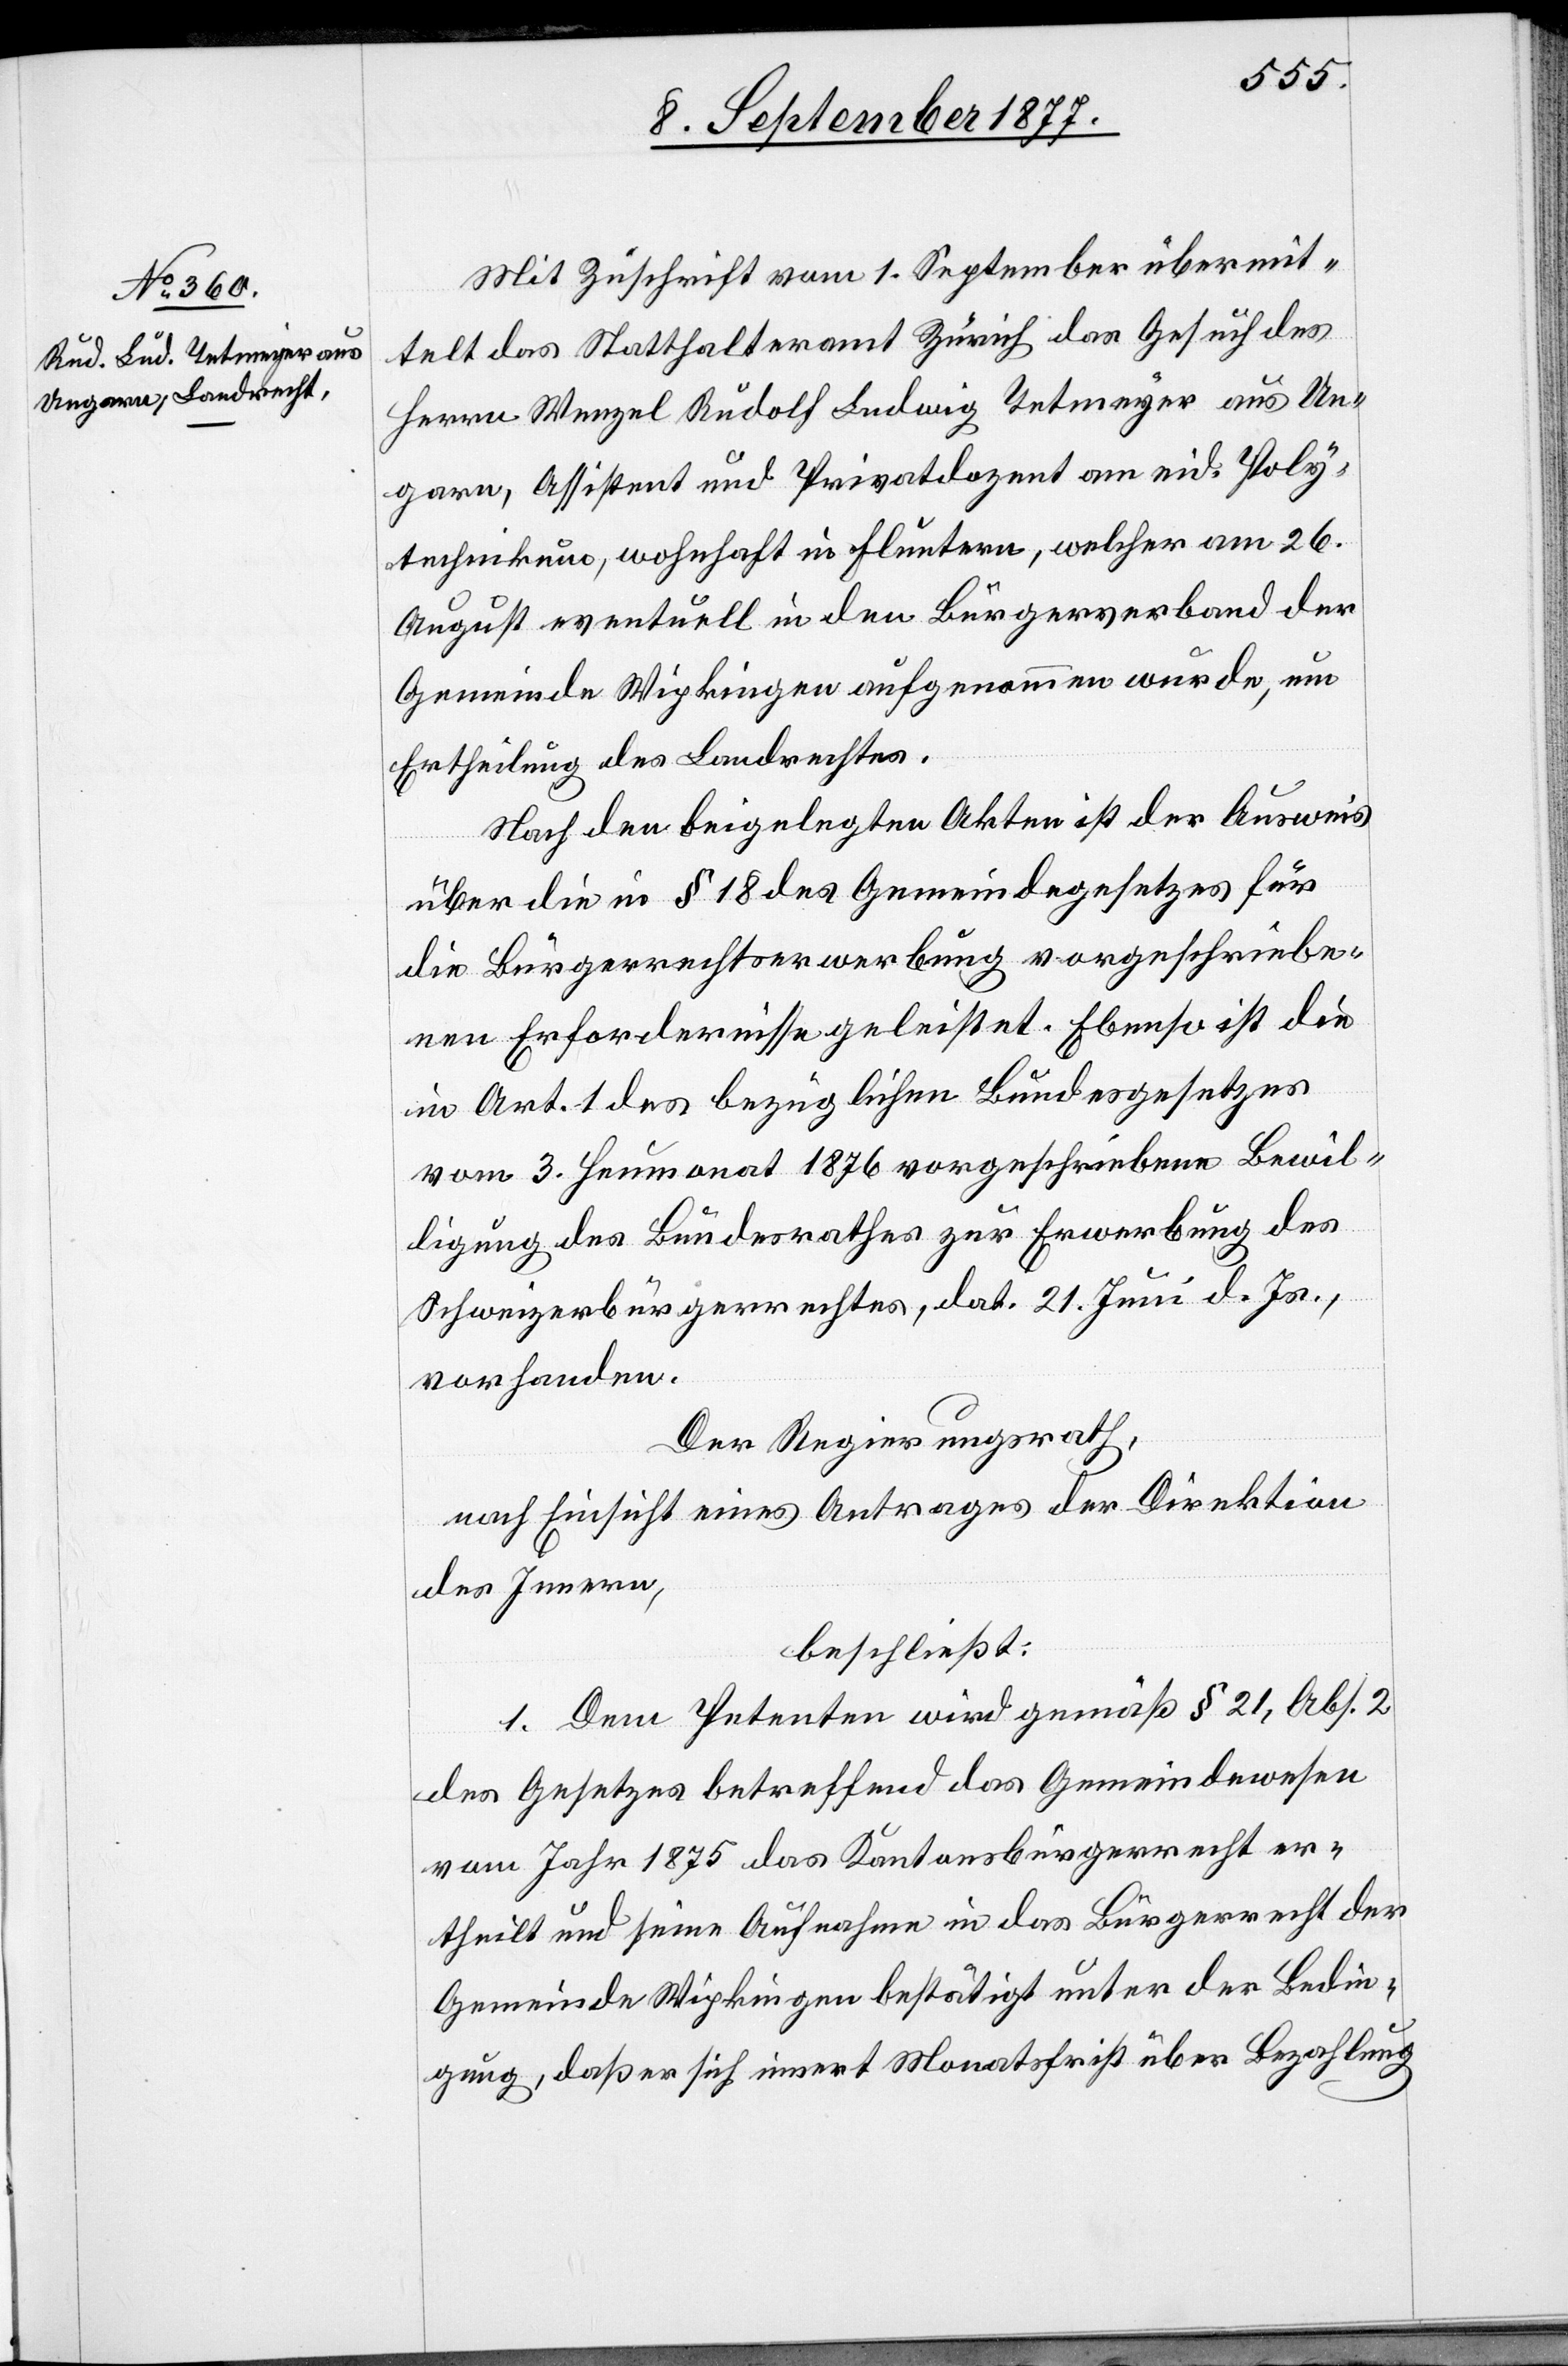
Mit Zuschrift vom 1. September übermit¬
telt das Statthalteramt Zürich das Gesuch des
Herrn Wenzel Rudolf Ludwig Tetmeyer aus Un¬
garn, Assistent und Privatdozent am eid. Poly¬
technikum, wohnhaft in Fluntern, welcher am 26.
August eventuell in den Bürgerverband der
Gemeinde Wipkingen aufgenommen wurde, um
Ertheilung des Landrechtes.
Nach den beigelegten Akten ist der Ausweis
über die in § 18 des Gemeindegesetzes für
die Bürgerrechtserwerbung vorgeschriebe¬
nen Erfordernisse geleistet. Ebenso ist die
in Art. 1 des bezüglichen Bundesgesetzes
vom 3. Heumonat 1876 vorgeschriebene Bewil¬
ligung des Bundesrathes zur Erwerbung des
Schweizerbürgerrechtes, dat. 21. Juni d. Js.,
vorhanden.
Der Regierungsrath,
nach Einsicht eines Antrages der Direktion
des Innern,
beschließt:
1. Dem Petenten wird gemäß § 21, Abs. 2
des Gesetzes betreffend das Gemeindewesen
vom Jahr 1875 das Kantonsbürgerrecht er¬
theilt und seine Aufnahme in das Bürgerrecht der
Gemeinde Wipkingen bestätigt unter der Bedin¬
gung, daß er sich innert Monatsfrist über Bezahlung